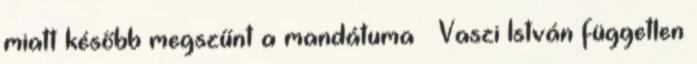
miatt később megszűnt a mandátuma – Vaszi István független